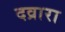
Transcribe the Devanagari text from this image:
दव्रारा